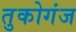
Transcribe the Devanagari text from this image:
तुकोगंज